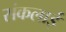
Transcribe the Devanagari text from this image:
संकलाई